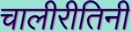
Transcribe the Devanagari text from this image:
चालीरीतिनी